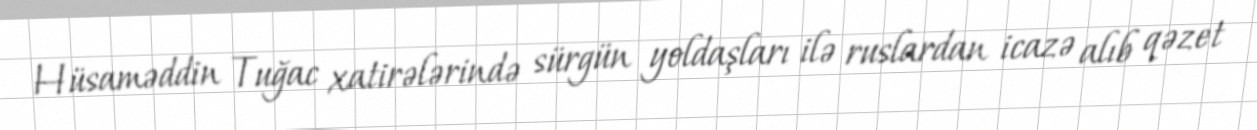
Hüsaməddin Tuğac xatirələrində sürgün yoldaşları ilə ruslardan icazə alıb qəzet